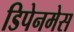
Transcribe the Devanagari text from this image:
डिपेनमेस